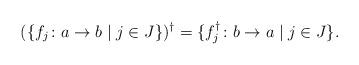
LaTeX: \begin{align*}(\{f_j\colon a\to b\mid j\in J\})^\dagger=\{f_j^\dagger\colon b\to a\mid j\in J\}.\end{align*}